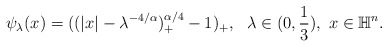
\begin{align*} \begin{aligned} \psi_{\lambda}(x)=((|x|-\lambda^{-4/\alpha})_+^{\alpha/4}-1)_+, ~~\lambda\in (0,\frac{1}{3}),~x\in \mathbb{H}^n. \end{aligned}\end{align*}